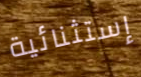
إستثنائية